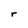
Character: r